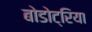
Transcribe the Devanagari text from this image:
बोडोट्रिया